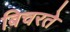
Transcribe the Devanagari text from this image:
बिचरते